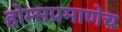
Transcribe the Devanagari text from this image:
होम्सप्रमाणेच